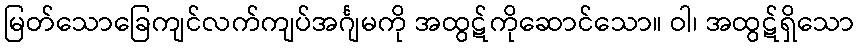
မြတ်သောခြေကျင်လက်ကျပ်အင်္ဂျမကို အထွဋ်ကိုဆောင်သော။ ဝါ၊ အထွဋ်ရှိသော